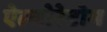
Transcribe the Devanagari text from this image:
ऐल्बोरेटोम